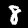
Digit: 8